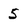
Character: 5